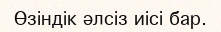
Өзіндік әлсіз иісі бар.